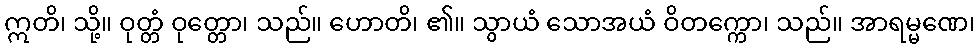
ဣတိ၊ သို့။ ဝုတ္တံ ဝုတ္တော၊ သည်။ ဟောတိ၊ ၏။ သွာယံ သောအယံ ဝိတက္ကော၊ သည်။ အာရမ္မဏေ၊